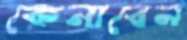
কেনাবেন